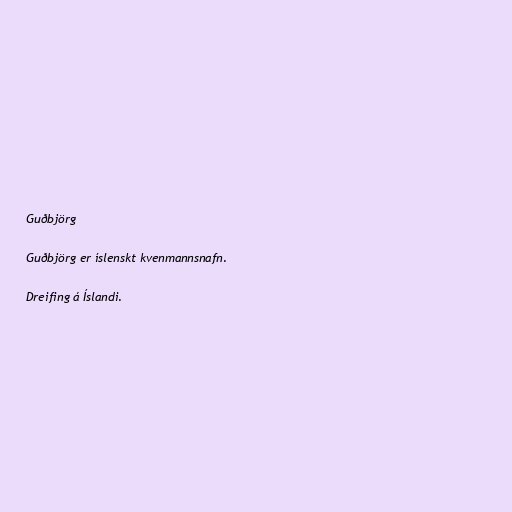
Guðbjörg

Guðbjörg er íslenskt kvenmannsnafn.

Dreifing á Íslandi.